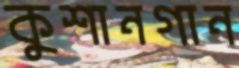
কুশানগান